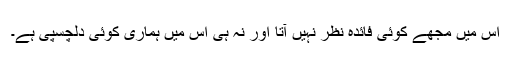
اس میں مجھے کوئی فائدہ نظر نہیں آتا اور نہ ہی اس میں ہماری کوئی دلچسپی ہے۔